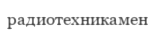
радиотехникамен